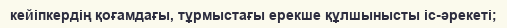
кейіпкердің қоғамдағы, тұрмыстағы ерекше құлшынысты іс-әрекеті;